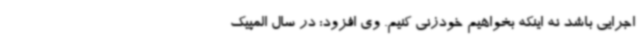
اجرایی باشد نه اینکه بخواهیم خودزنی کنیم. وی افزود: در سال المپیک